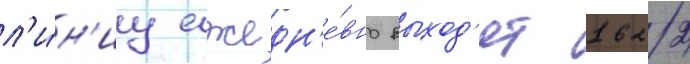
л'и́н'иу ежедн'е́вно выход'ят 1622